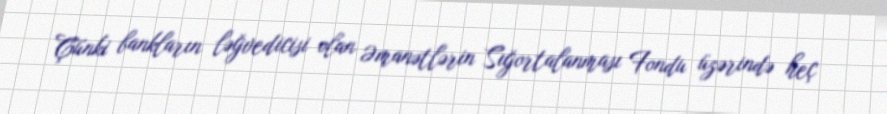
Çünki bankların ləğvedicisi olan Əmanətlərin Sığortalanması Fondu üzərində heç